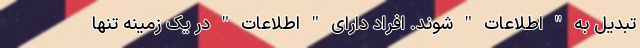
تبدیل به " اطلاعات " شوند. افراد دارای " اطلاعات " در یک زمینه تنها